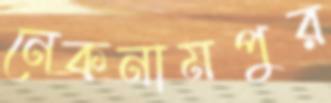
নেকনামপুর